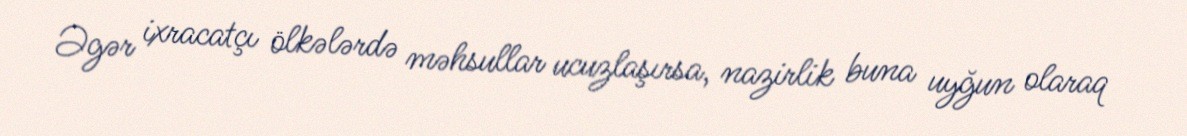
Əgər ixracatçı ölkələrdə məhsullar ucuzlaşırsa, nazirlik buna uyğun olaraq